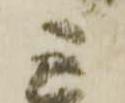
宗